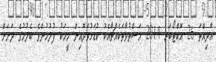
އާދިއްތަ 26 އޮކްޓޯބަރ 2014 މަސްތުވާތަކެއްޗާއެކު ކުޑަހުވަދޫއިން މީހަކު ފުލުހުންގެ ބެލުމުގެ ދަށަށް